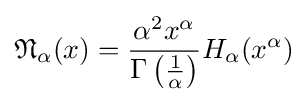
{\mathfrak {N}}_{\alpha }(x)={\frac {\alpha ^{2}x^{\alpha }}{\Gamma \left({\frac {1}{\alpha }}\right)}}H_{\alpha }(x^{\alpha })